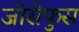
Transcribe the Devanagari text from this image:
जोसेफुस